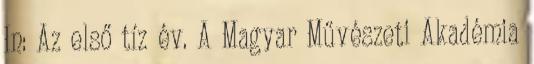
In: Az első tíz év. A Magyar Művészeti Akadémia